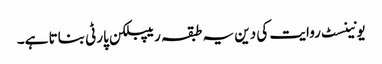
یونینسٹ روایت کی دین یہ طبقہ ریپبلکن پارٹی بناتا ہے۔